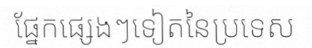
ផ្នែកផ្សេងៗទៀតនៃប្រទេស